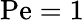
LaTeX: \mathrm{Pe}=1